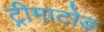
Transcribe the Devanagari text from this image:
ट्रीमाटोड